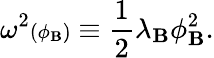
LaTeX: \omega^{2}{\scriptstyle(\phi_{\mathbf{B}})}\equiv{\frac{{1}}{{2}}}\lambda_{\mathbf{B}}\phi_{\mathbf{B}}^{2}.